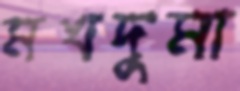
মখদুমা